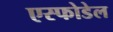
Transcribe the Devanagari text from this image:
एस्फोडेल